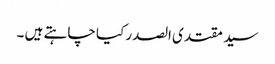
سید مقتدی الصدر کیا چاہتے ہیں ۔